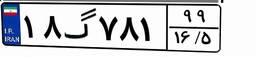
۱۸گ۷۸۱۹۹